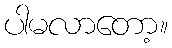
ပါမလာတော့။